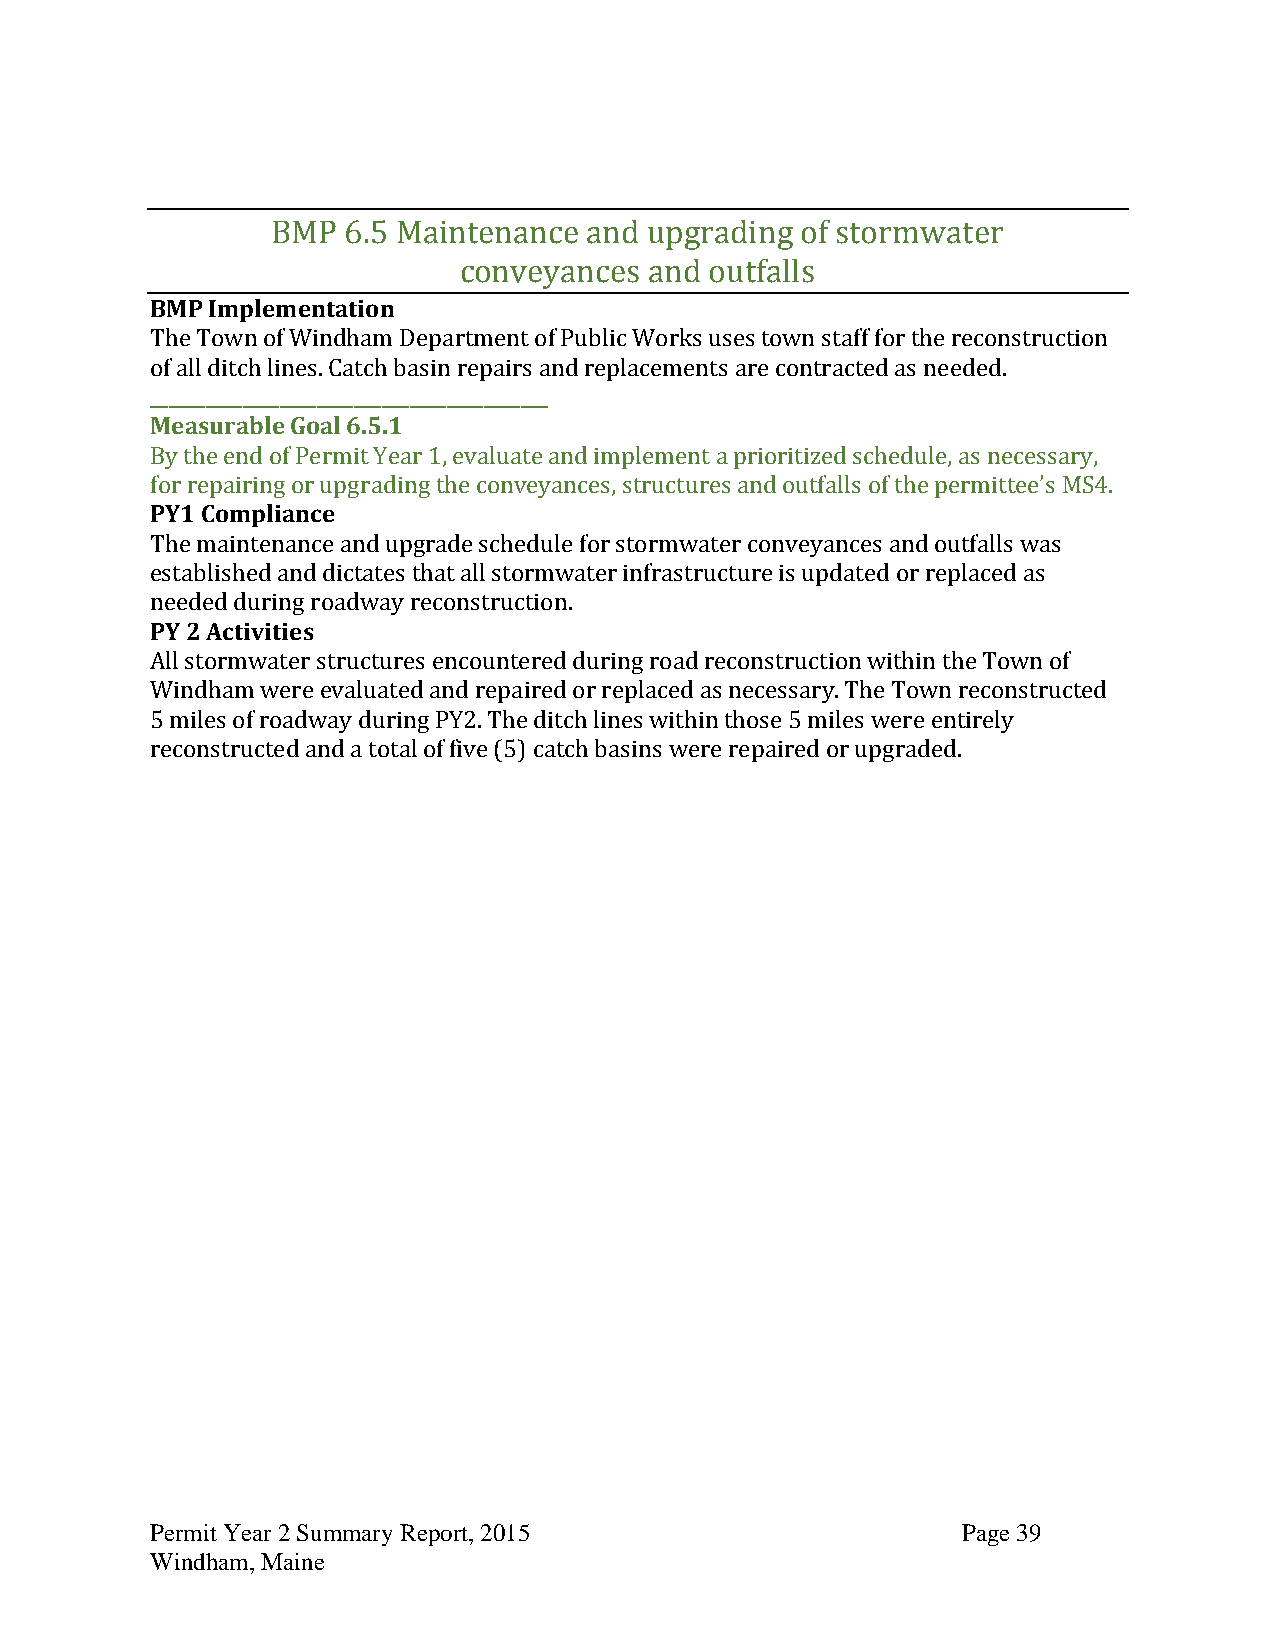
BMP  6.5 Maintenance and upgrading of stormwater
 conveyances  and outfalls
 BMP Implementation
 The Town of Windham Department of Public Works uses town staff for the reconstruction
 of all ditch lines. Catch basin repairs and replacements are contracted as needed.
 ___________________________________________
 Measurable Goal 6.5.1
 By the end of Permit Year 1, evaluate and implement a prioritized schedule, as necessary,
 for repairing or upgrading the conveyances, structures and outfalls of the permittee’s MS4.
 PY1 Compliance
 The maintenance and upgrade schedule for stormwater conveyances and outfalls was
 established and dictates that all stormwater infrastructure is updated or replaced as
 needed during roadway reconstruction.
 PY 2 Activities
 All stormwater structures encountered during road reconstruction within the Town of
 Windham were evaluated and repaired or replaced as necessary. The Town reconstructed
 5 miles of roadway during PY2. The ditch lines within those 5 miles were entirely
 reconstructed and a total of five (5) catch basins were repaired or upgraded.
 Permit Year 2 Summary Report, 2015                    Page 39
 Windham, Maine